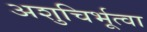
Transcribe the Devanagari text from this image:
अशुचिर्भूत्वा